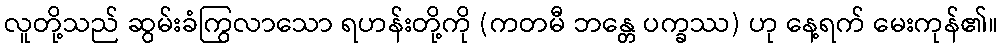
လူတို့သည် ဆွမ်းခံကြွလာသော ရဟန်းတို့ကို (ကတမီ ဘန္တေ ပက္ခဿ) ဟု နေ့ရက် မေးကုန်၏။